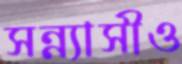
সন্ন্যাসীও